Lunatic asylums Punjab 1881-1894 - 1881-1894
Year: 1881
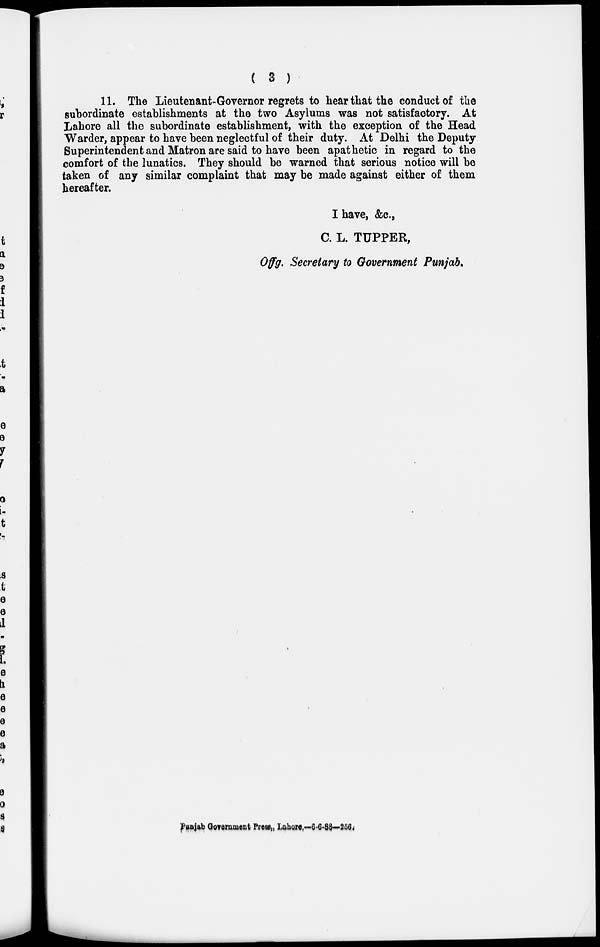
( 3 )
11. The Lieutenant-Governor regrets to hear that the conduct of the
subordinate establishments at the two Asylums was not satisfactory. At
Lahore all the subordinate establishment, with the exception of the Head
Warder, appear to have been neglectful of their duty. At Delhi the Deputy
Superintendent and Matron are said to have been apathetic in regard to the
comfort of the lunatics. They should be warned that serious notice will be
taken of any similar complaint that may be made against either of them
hereafter.
I have, &c.,
C. L. TUPPER,
Offg. Secretary to Government Punjab.
Punjab Government Press, Lahore,—6-6-88—256.